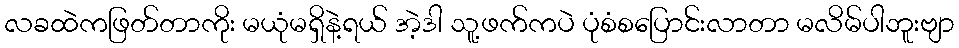
လခထဲကဖြတ်တာကိုး မယုံမရှိနဲ့ရယ် အဲ့ဒါ သူ့ဖက်ကပဲ ပုံစံစပြောင်းလာတာ မလိမ်ပါဘူးဗျာ